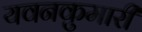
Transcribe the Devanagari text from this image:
यवनकुमारी